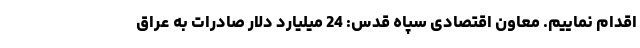
اقدام نماییم. معاون اقتصادی سپاه قدس: 24 میلیارد دلار صادرات به عراق